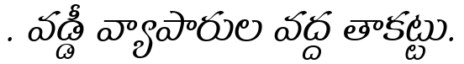
. వడ్డీ వ్యాపారుల వద్ద తాకట్టు.